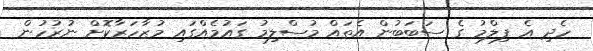
ހެދި އެ ފިލްމު ގެ ސަބަބުން އެތައް މުސްލިމު ގައުމެއްގައި މުޒާހަރާކޮށް ނުރުހުން